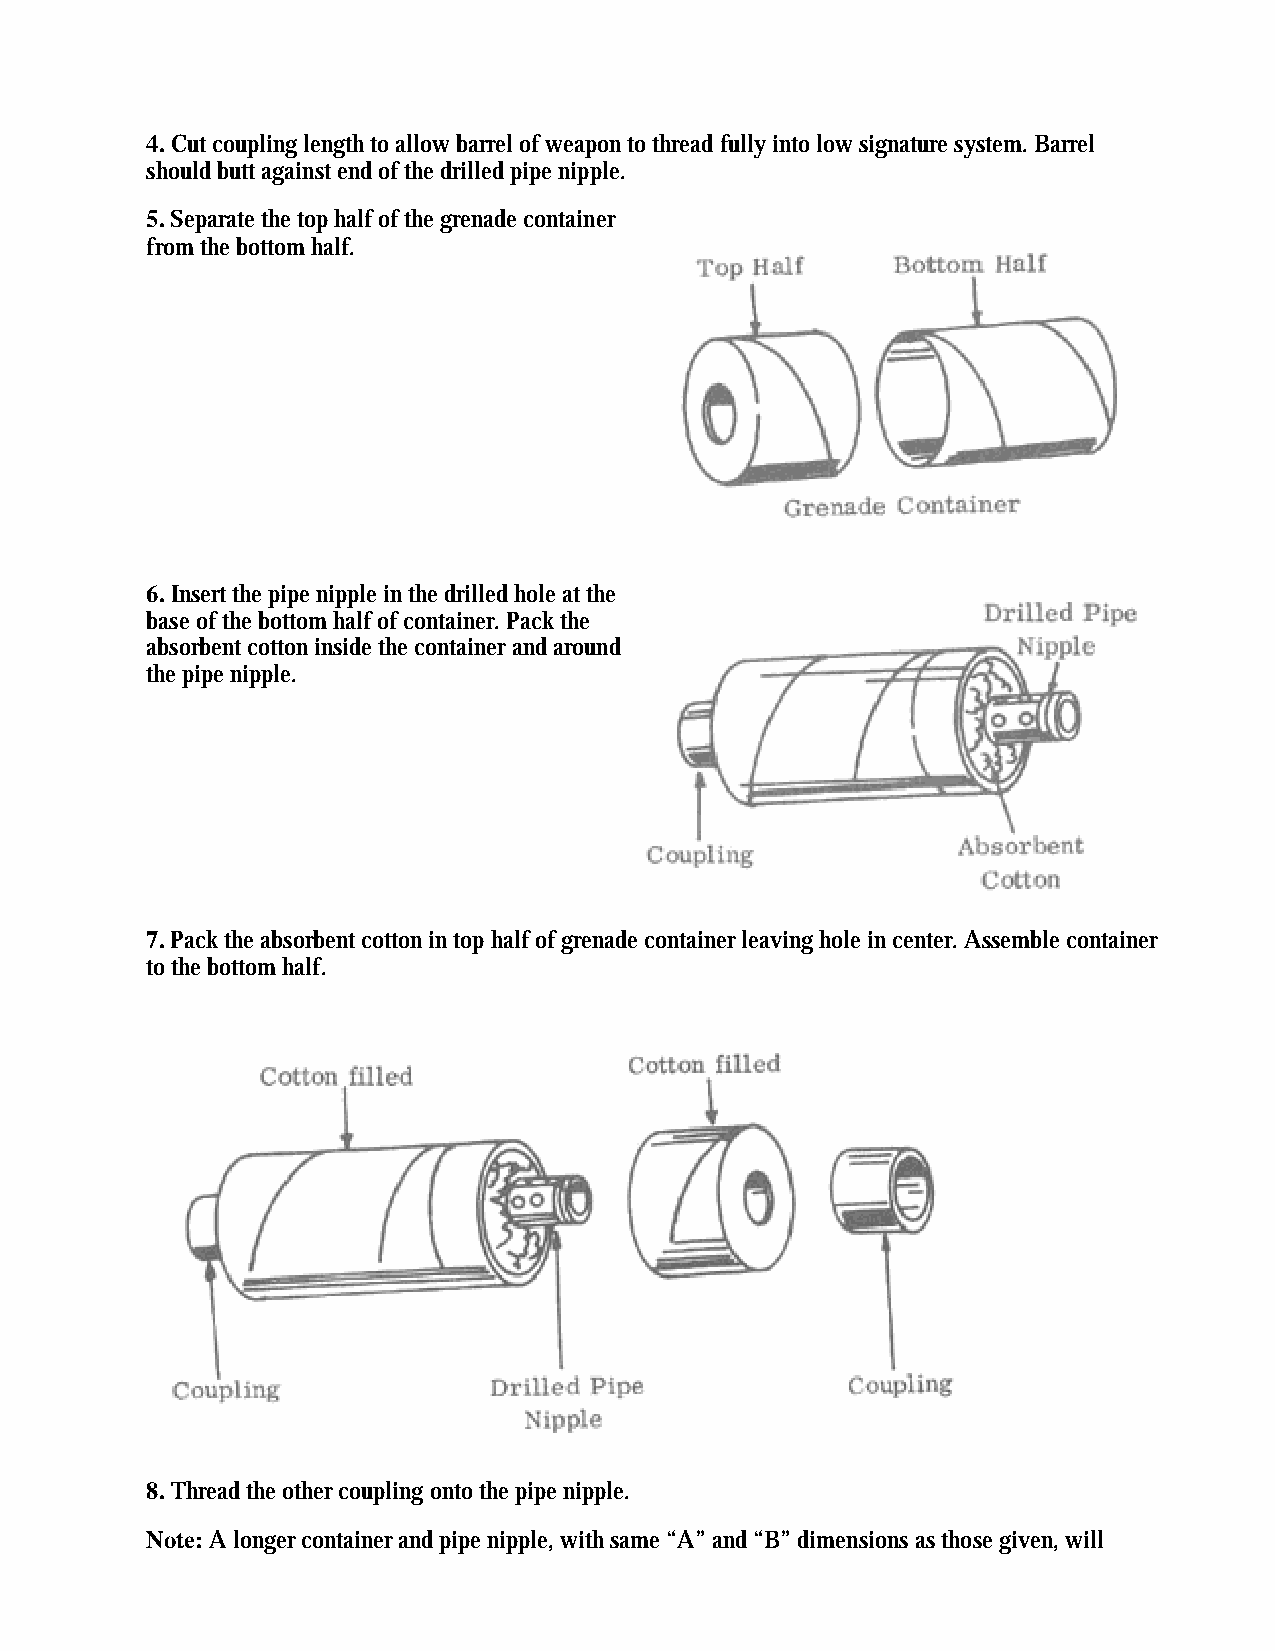
4. Cut coupling length to allow barrel of weapon to thread fully into low signature system. Barrel
 should butt against end of the drilled pipe nipple.
 5. Separate the top half of the grenade container
 from the bottom half.
 6. Insert the pipe nipple in the drilled hole at the
 base of the bottom half of container. Pack the
 absorbent cotton inside the container and around
 the pipe nipple.
 7. Pack the absorbent cotton in top half of grenade container leaving hole in center. Assemble container
 to the bottom half.
 8. Thread the other coupling onto the pipe nipple.
 Note: A longer container and pipe nipple, with same “A” and “B” dimensions as those given, will